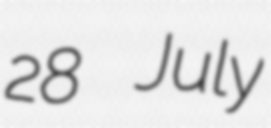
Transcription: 28 July